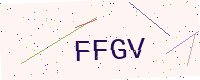
Text: FFGV